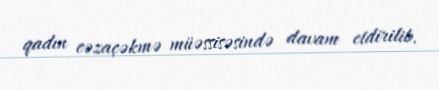
qadın cəzaçəkmə müəssisəsində davam etdirilib.